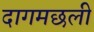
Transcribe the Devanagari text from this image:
दागमछली